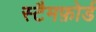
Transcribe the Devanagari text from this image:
स्टैमफ़ोर्ड